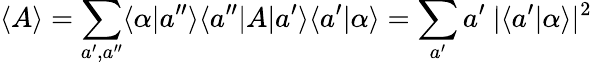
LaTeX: \langle A\rangle=\sum_{a^{\prime},a^{\prime\prime}}\langle\alpha\vert a^{\prime\prime}\rangle\langle a^{\prime\prime}\vert A\vert a^{\prime}\rangle\langle a^{\prime}\vert\alpha\rangle=\sum_{a^{\prime}}a^{\prime}~|\langle a^{\prime}\vert\alpha\rangle|^{2}